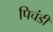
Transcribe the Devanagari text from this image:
पिचंडी